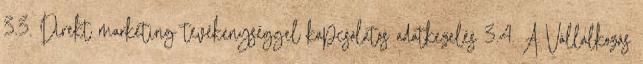
3.3. Direkt marketing tevékenységgel kapcsolatos adatkezelés 3.4. A Vállalkozás